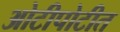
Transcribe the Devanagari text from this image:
ओटीपोटीत